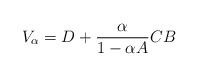
LaTeX: \begin{align*}V_{\alpha} = D+\frac{\alpha}{1-\alpha A} CB\end{align*}